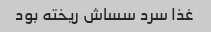
غذا سرد سساش ریخته بود